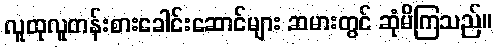
လူထုလူတန်းစားခေါင်းဆောင်များ ဆမားတွင် ဆုံမိကြသည်။